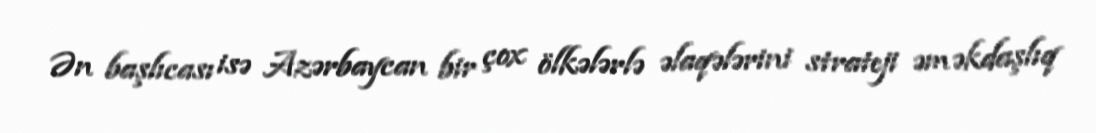
Ən başlıcası isə Azərbaycan bir çox ölkələrlə əlaqələrini strateji əməkdaşlıq